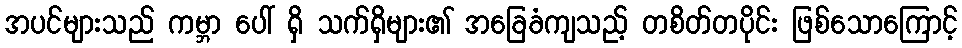
အပင်များသည် ကမ္ဘာ ပေါ် ရှိ သက်ရှိများ၏ အခြေခံကျသည့် တစိတ်တပိုင်း ဖြစ်သောကြောင့်